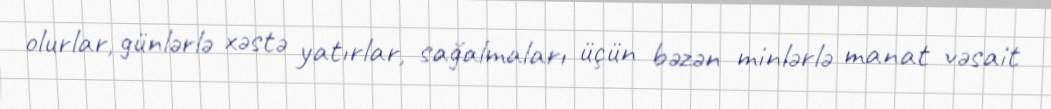
olurlar, günlərlə xəstə yatırlar, sağalmaları üçün bəzən minlərlə manat vəsait